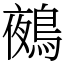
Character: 鵺